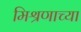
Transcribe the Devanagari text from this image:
मिश्रणाच्या